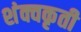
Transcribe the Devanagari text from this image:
शंक्वकृती